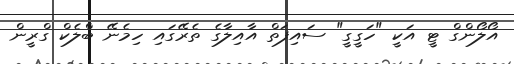
އޯލޯންގް ޓީ އަކީ "ހަގީގީ" ސައިފަތް އާއިލާގެ ތެރޭގައި ހިމެނޭ ބްލެކް ގްރީން